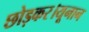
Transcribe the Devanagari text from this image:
छोड़कर।यूनान